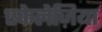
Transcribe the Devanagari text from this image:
एकेलेज़िया